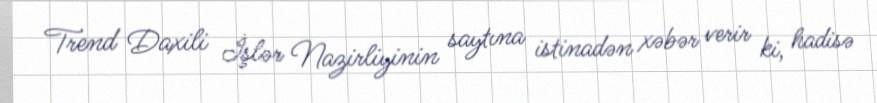
Trend Daxili İşlər Nazirliyinin saytına istinadən xəbər verir ki, hadisə